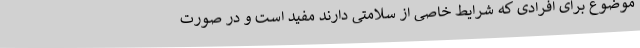
موضوع برای افرادی که شرایط خاصی از سلامتی دارند مفید است و در صورت